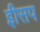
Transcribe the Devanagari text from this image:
इीसप